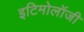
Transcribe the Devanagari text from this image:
इटिमोलॉजी